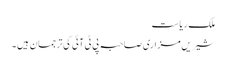
ملک ریاست
شیریں مزاری صاحبہ پی ٹی آئی کی ترجمان ہیں ۔